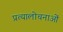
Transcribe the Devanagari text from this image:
प्रत्यालोचनाओं